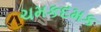
ચમકદમક